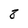
Character: 8